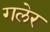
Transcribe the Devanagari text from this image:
गलेर